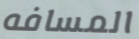
المسافه